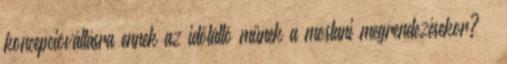
koncepcióváltásra ennek az időtálló műnek a mostani megrendezésekor? –